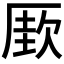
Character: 𰆡